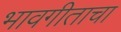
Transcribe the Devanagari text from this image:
भावगीताचा